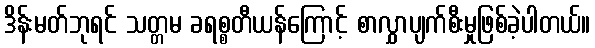
ဒိန်းမတ်ဘုရင် သတ္တမ ခရစ္စတီယန်ကြောင့် စာလွှာပျက်စီးမှုဖြစ်ခဲ့ပါတယ်။